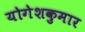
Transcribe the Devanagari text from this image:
योगेशकुमार